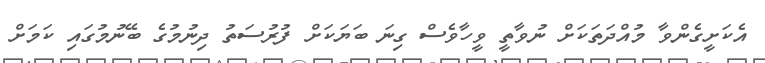
އެކަށީގެންވާ މުއްދަތަކަށް ނުވާތީ ވީހާވެސް ގިނަ ބަޔަކަށް ފުރުސަތު ދިނުމުގެ ބޭނުމުގައި ކަމަށް